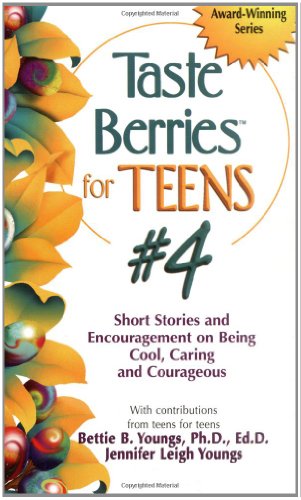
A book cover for Taste Berries for Teens #4: Short Stories and Encouragement on Being Cool, Caring and Courageous (Taste Berries Series); Bettie B. Youngs; Teen & Young Adult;